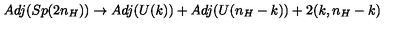
A d j ( S p ( 2 n _ { H } ) ) \to A d j ( U ( k ) ) + A d j ( U ( n _ { H } - k ) ) + 2 ( k , n _ { H } - k )